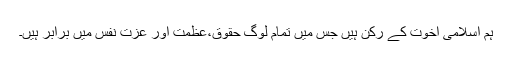
ہم اسلامی اخوت کے رکن ہیں جس میں تمام لوگ حقوق،عظمت اور عزت نفس میں برابر ہیں۔